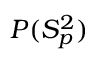
P ( S _ { p } ^ { 2 } )